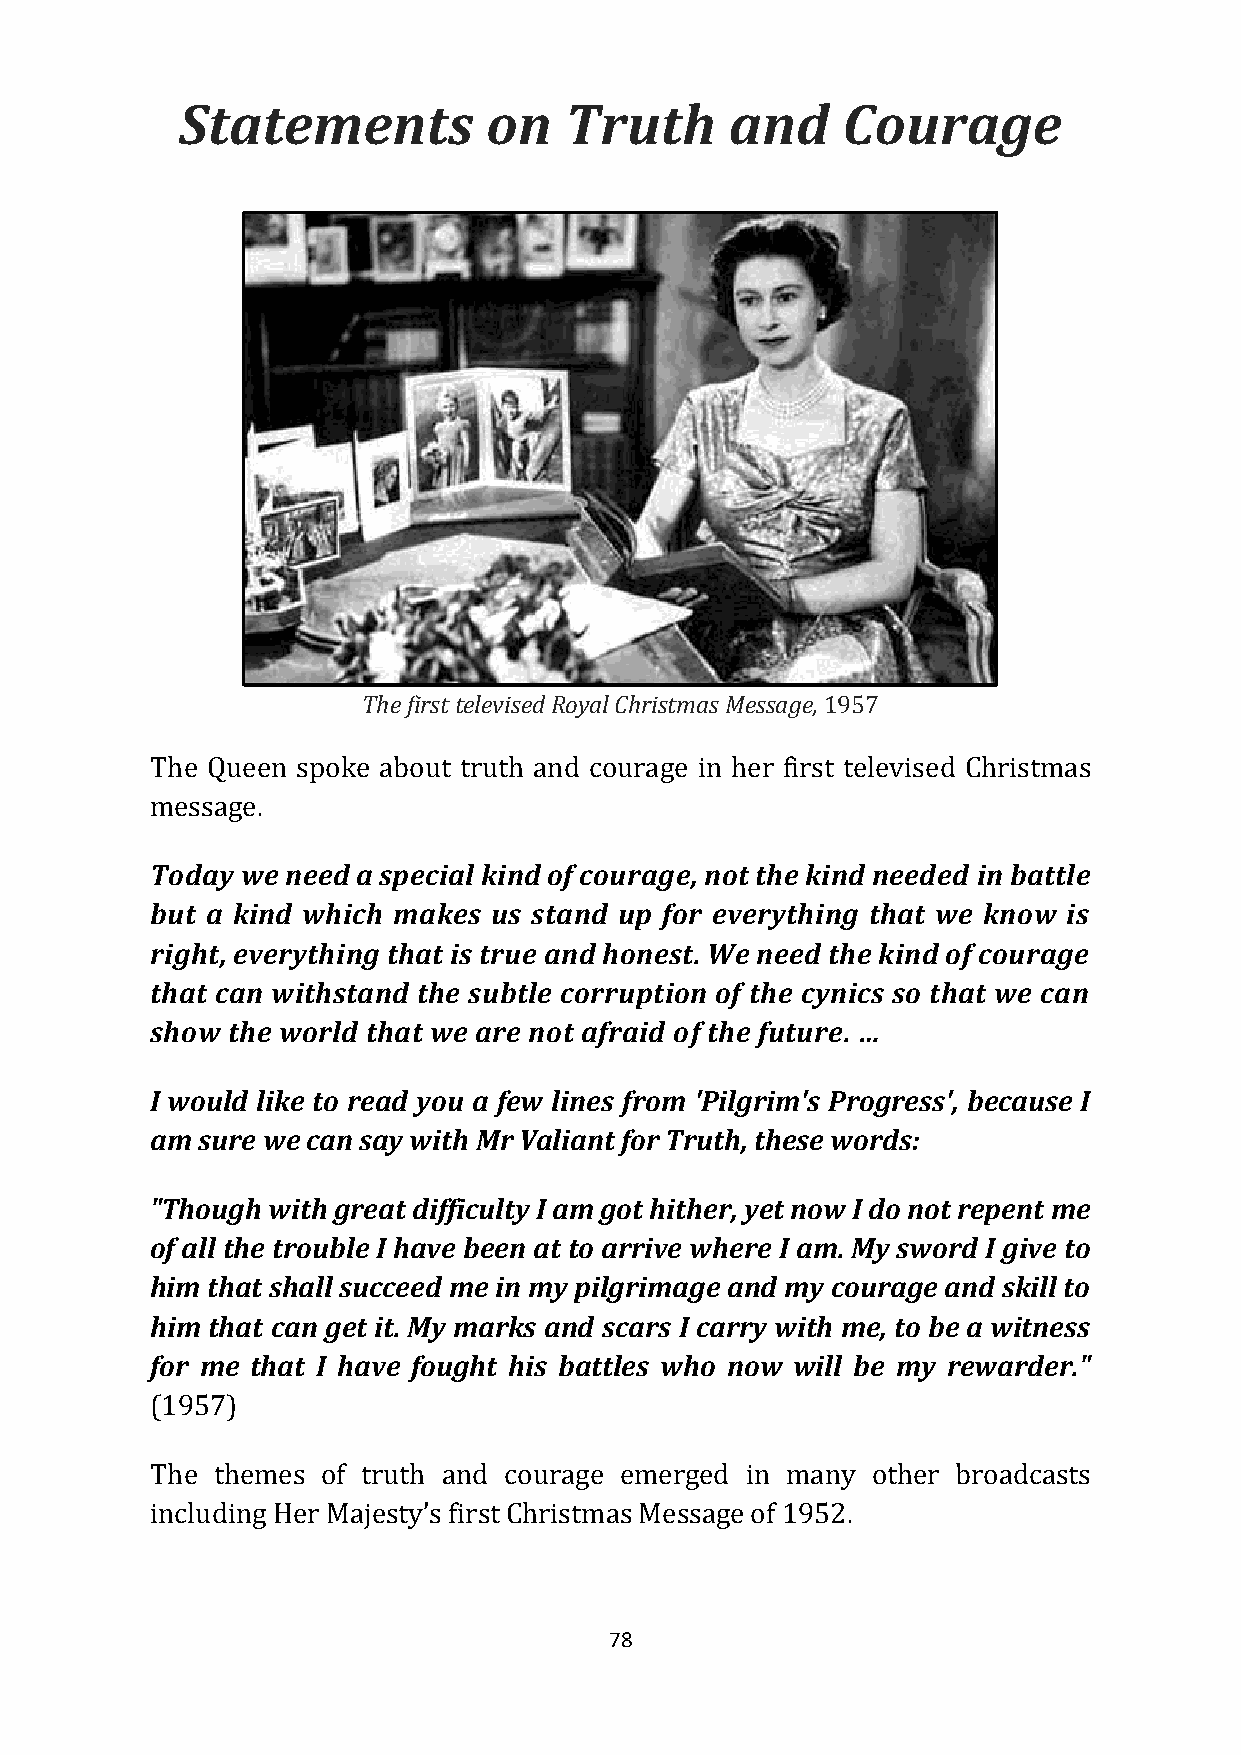
Statements          on   Truth      and     Courage
 The first televised Royal Christmas Message, 1957
 The Queen spoke about truth and courage in her first televised Christmas
 message.
 Today we need a special kind of courage, not the kind needed in battle
 but a kind which makes us stand up for everything that we know is
 right, everything that is true and honest. We need the kind of courage
 that can withstand the subtle corruption of the cynics so that we can
 show the world that we are not afraid of the future. …
 I would like to read you a few lines from 'Pilgrim's Progress', because I
 am sure we can say with Mr Valiant for Truth, these words:
 "Though with great difficulty I am got hither, yet now I do not repent me
 of all the trouble I have been at to arrive where I am. My sword I give to
 him that shall succeed me in my pilgrimage and my courage and skill to
 him that can get it. My marks and scars I carry with me, to be a witness
 for me that I have fought his battles who now will be my rewarder."
 (1957)
 The themes of truth and courage emerged in many other broadcasts
 including Her Majesty’s first Christmas Message of 1952.
 78